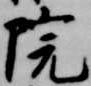
院